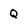
Character: Q